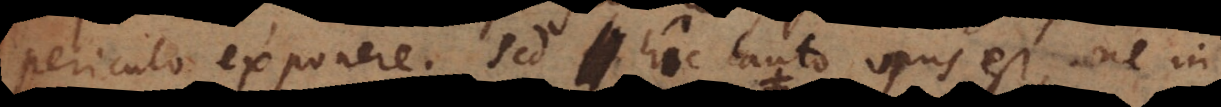
periculo exponere. Sed hic cauto opus est, ne in